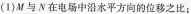
(1)M与N在电场中沿水平方向的位移之比；